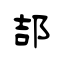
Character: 郆